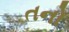
તનો